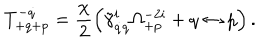
T _ { + q + p } ^ { - \dot { q } } = \frac { \chi } { 2 } \left( \tilde { \gamma } _ { \dot { q } q } ^ { i } \Omega _ { + p } ^ { - 2 i } + q \leftrightarrow p \right) .